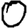
Digit: 0